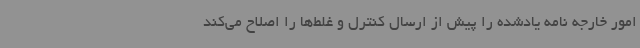
امور خارجه نامه یادشده را پیش از ارسال کنترل و غلط‌ها را اصلاح می‌کند